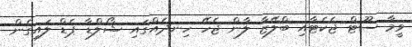
ވީމާ ސޫޓް ޖެކެޓާއި ބްލޭޒާ ލާން ޖެހޭ ހިނދެއްގައި ޝޯލްޑާ ޕެޑް ލައިގެން